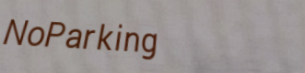
NoParking